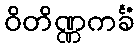
ဝိတိဏ္ဏကင်္ခံ